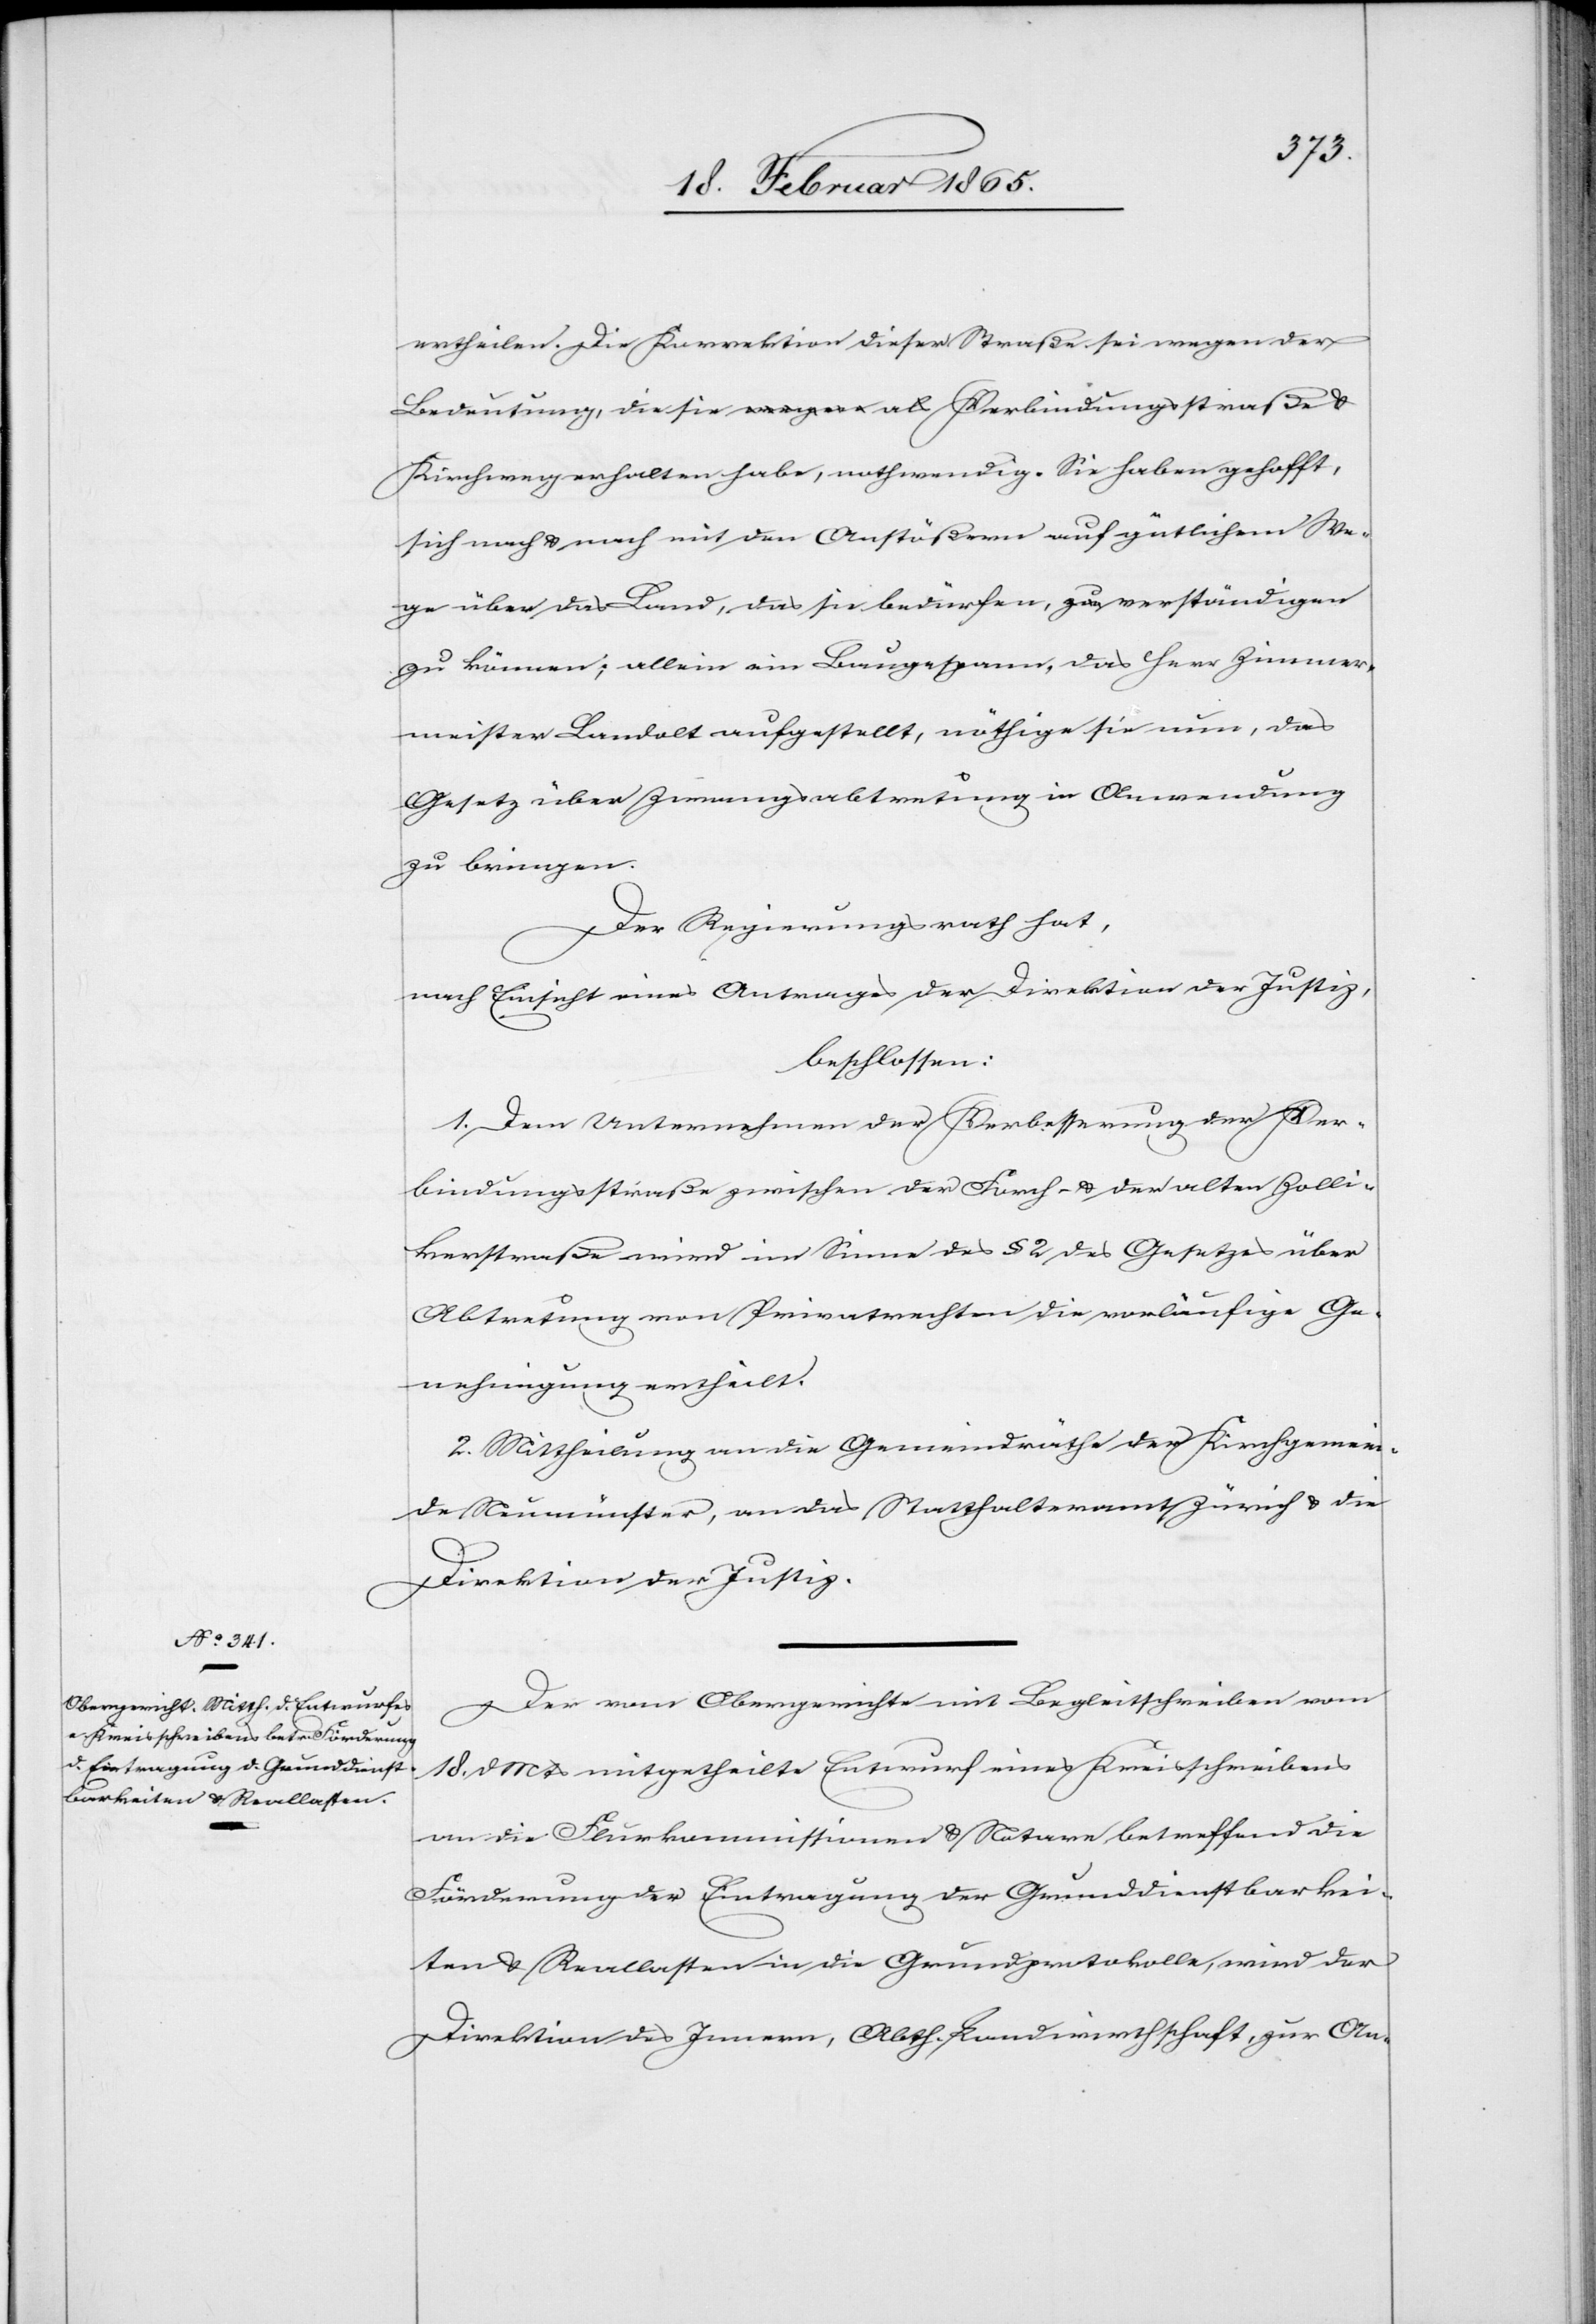
21. Februar 1865.]
ertheilen. Die Korrektion dieser Straße sei wegen der
Bedeutung, die sie als Verbindungsstraße u.
Kirchweg erhalten habe, nothwendig. Sie haben gehofft,
sich nach u. nach mit den Anstößern auf gütlichem We¬
ge über das Land, das sie bedürfen, verständigen
zu können; allein ein Baugespann, das Herr Zimmer¬
meister Landolt aufgestellt, nöthige sie nun, das
Gesetz über Zwangsabtretung in Anwendung
zu bringen.
Der Regierungsrath hat,
nach Einsicht eines Antrages der Direktion der Justiz,
beschlossen:
1. Dem Unternehmen der Verbesserung der Ver¬
bindungsstraße zwischen der Forch- u. der alten Zolli¬
kerstraße wird im Sinne des § 2 des Gesetzes über
Abtretung von Privatrechten die vorläufige Ge¬
nehmigung ertheilt.
2. Mittheilung an die Gemeindräthe der Kirchgemein¬
de Neumünster, an das Statthalteramt Zürich u. die
Direktion der Justiz.
Der vom Obergerichte mit Begleitschreiben vom
18. d Mts mitgetheilte Entwurf eines Kreisschreibens
an die Flurkommissionen u. Notare betreffend die
Förderung der Eintragung der Grunddienstbarkei¬
ten u. Reallasten in die Grundprotokolle, wird der
Direktion des Innern, Abth. Landwirthschaft, zur An-